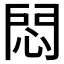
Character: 𢛀